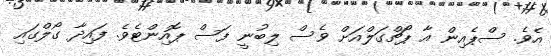
އެވެ. ސްޕެއިން އާ ޕޯޗްގަލްއަށް ވެސް ލިބުނީ ފަސް ޕޮއިންޓެވެ. ފައިދާ ގޯލްގައި